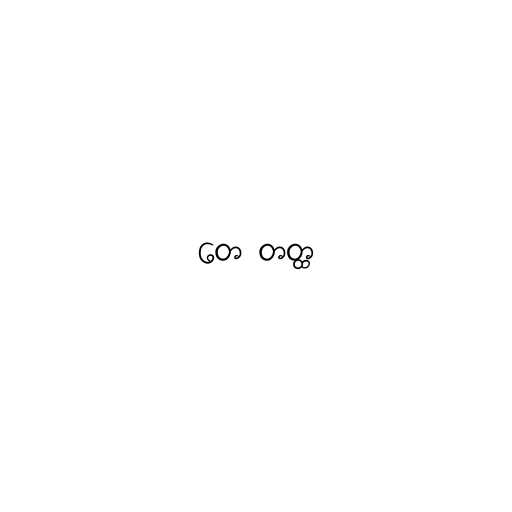
တေ တတ္ထ